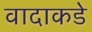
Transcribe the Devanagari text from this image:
वादाकडे